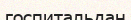
госпитальдан